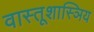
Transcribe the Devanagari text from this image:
वास्तूशास्ञिय